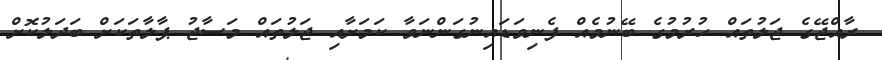
ރާއްޖޭގެ ޖަލުތައް ހުރުމުގެ ބޭނުމެއް ފެނިވަޑައިނުގަންނަވާ ކަމަށާއި ޖަލުތައް މަސާޖު ޕާލާތަކަށް ބަދަލުކޮށް